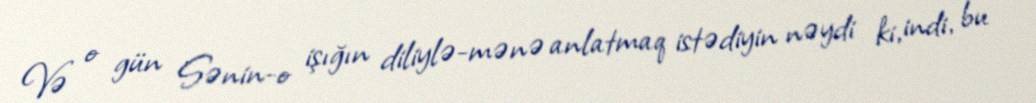
Və o gün Sənin-o işığın diliylə-mənə anlatmaq istədiyin nəydi ki, indi, bu